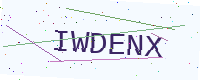
Text: IWDENX